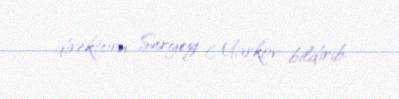
direktoru Sergey Markov bildirib.